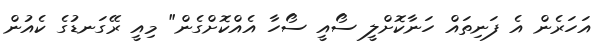
އަހަރެން އެ ފަނިތައް ހަނާކޮށްލީ ސޯއީ ސޯހާ އެއްކޮށްގެން" މިއީ ރޭގަނޑުގެ ކެއުން